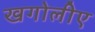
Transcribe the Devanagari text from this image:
खगोलीए